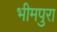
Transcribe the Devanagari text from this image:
भीमपुरा